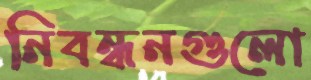
নিবন্ধনগুলো